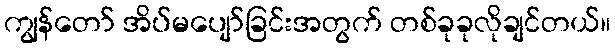
ကျွန်တော် အိပ်မပျော်ခြင်းအတွက် တစ်ခုခုလိုချင်တယ်။